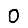
Digit: 0